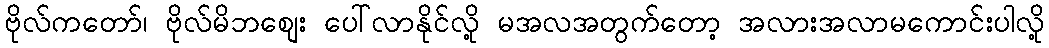
ဗိုလ်ကတော်၊ ဗိုလ်မိဘစျေး ပေါ်လာနိုင်လို့ မအလအတွက်တော့ အလားအလာမကောင်းပါလို့